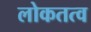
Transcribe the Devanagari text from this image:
लोकतत्‍व